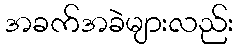
အခက်အခဲများလည်း